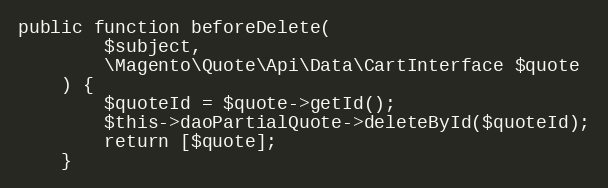
Language: PHP
public function beforeDelete(
        $subject,
        \Magento\Quote\Api\Data\CartInterface $quote
    ) {
        $quoteId = $quote->getId();
        $this->daoPartialQuote->deleteById($quoteId);
        return [$quote];
    }